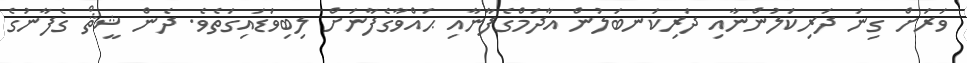
ވަރަށް ގިނަ ދަރިކަލުންނާއި ދަރިކަނބަލުން އާދަމްގެފާނާއި ޙައްވާގެފާނަށް ލިބިވަޑައިގަތެވެ. ދެން ޝީޘް ގެފާނުގެ